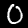
Digit: 0